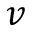
v